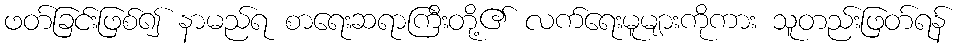
ဖတ်ခြင်းဖြစ်၍ နာမည်ရ စာရေးဆရာကြီးတို့၏ လက်ရေးမူများကိုကား သူတည်းဖြတ်ရန်